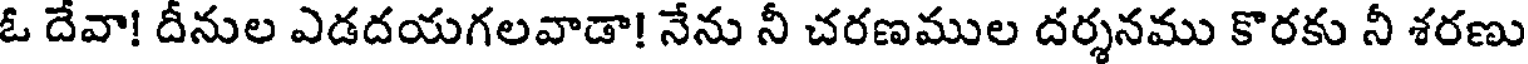
ఓ దేవా! దీనుల ఎడదయగలవాడా! నేను నీ చరణముల దర్శనము కొరకు నీ శరణు